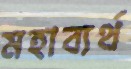
মহাব্যর্থ